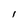
Character: l